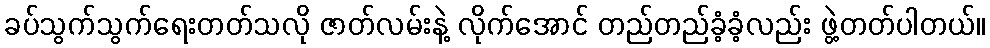
ခပ်သွက်သွက်ရေးတတ်သလို ဇာတ်လမ်းနဲ့ လိုက်အောင် တည်တည်ခံ့ခံ့လည်း ဖွဲ့တတ်ပါတယ်။